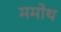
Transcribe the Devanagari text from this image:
ममोथ